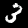
Label: 3